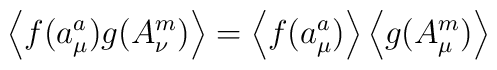
\left\langle f(a^a_\mu) g(A^m_\nu) \right\rangle =  \left\langle f(a^a_\mu) \right\rangle  \left\langle g(A^m_\mu) \right\rangle